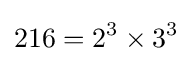
216=2^{3}\times 3^{3}